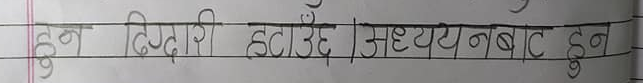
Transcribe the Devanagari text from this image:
हुन दिदारी हटाउँदै | अध्ययन बाट हुन